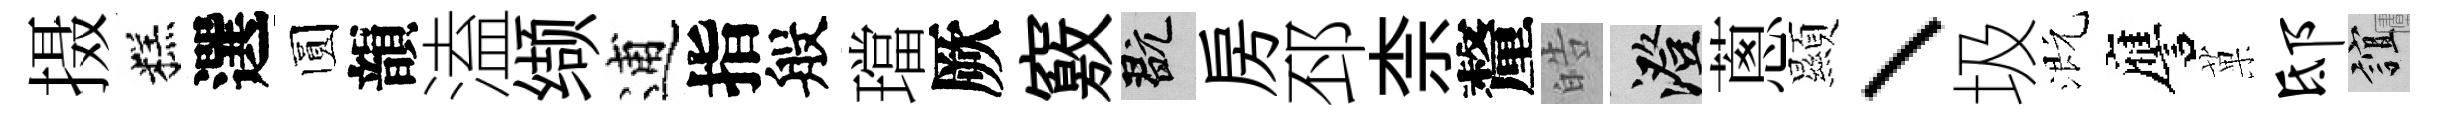
摄糕選圆韻溘缬逋指般璫厥竅玩房邳柰釐皓澄蔥顯、圾溉譍菓邸誼